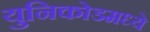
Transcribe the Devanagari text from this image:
युनिकोडमध्‍ये